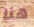
هنا